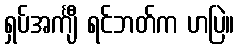
ရှပ်အင်္ကျီ ရင်ဘတ်က ဟပြဲ။